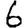
Digit: 6